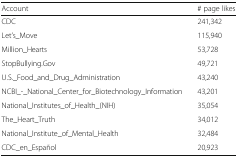
| Account | # page likes |
 | --- | --- |
 | CDC | 241,342 |
 | Let’s_Move | 115,940 |
 | Million_Hearts | 53,728 |
 | StopBullying.Gov | 49,721 |
 | U.S._Food_and_Drug_Administration | 43,240 |
 | NCBI_-_National_Center_for_Biotechnology_Information | 43,201 |
 | National_Institutes_of_Health_(NIH) | 35,054 |
 | The_Heart_Truth | 34,012 |
 | National_Institute_of_Mental_Health | 32,484 |
 | CDC_en_Español | 20,923 |